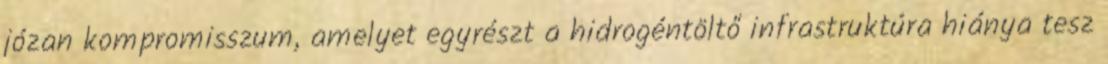
józan kompromisszum, amelyet egyrészt a hidrogéntöltő infrastruktúra hiánya tesz